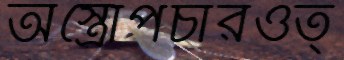
অস্ত্রোপচারওত্